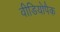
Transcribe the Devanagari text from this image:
वीडियोपैक